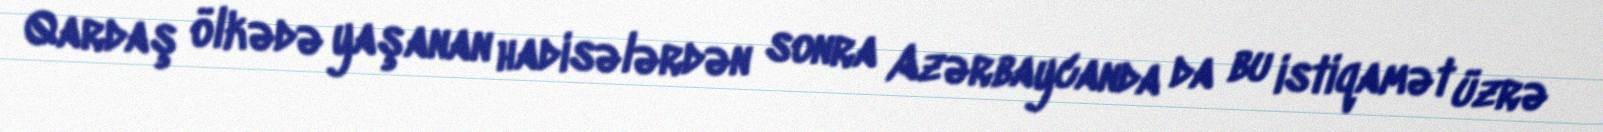
Qardaş ölkədə yaşanan hadisələrdən sonra Azərbaycanda da bu istiqamət üzrə